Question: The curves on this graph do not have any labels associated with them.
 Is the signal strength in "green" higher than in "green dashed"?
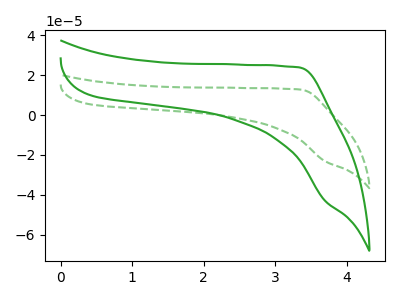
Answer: <think>The green curve "green" has no peaks. The green dashed curve "green dashed" has no peaks.
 Neither "green" or "green dashed" have any peaks.</think>
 <answer>I cant tell if "green" or "green dashed" has more signal.</answer>
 <eval>mixed_signal</eval>